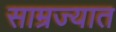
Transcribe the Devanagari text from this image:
साम्रज्यात